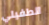
الطفيلي